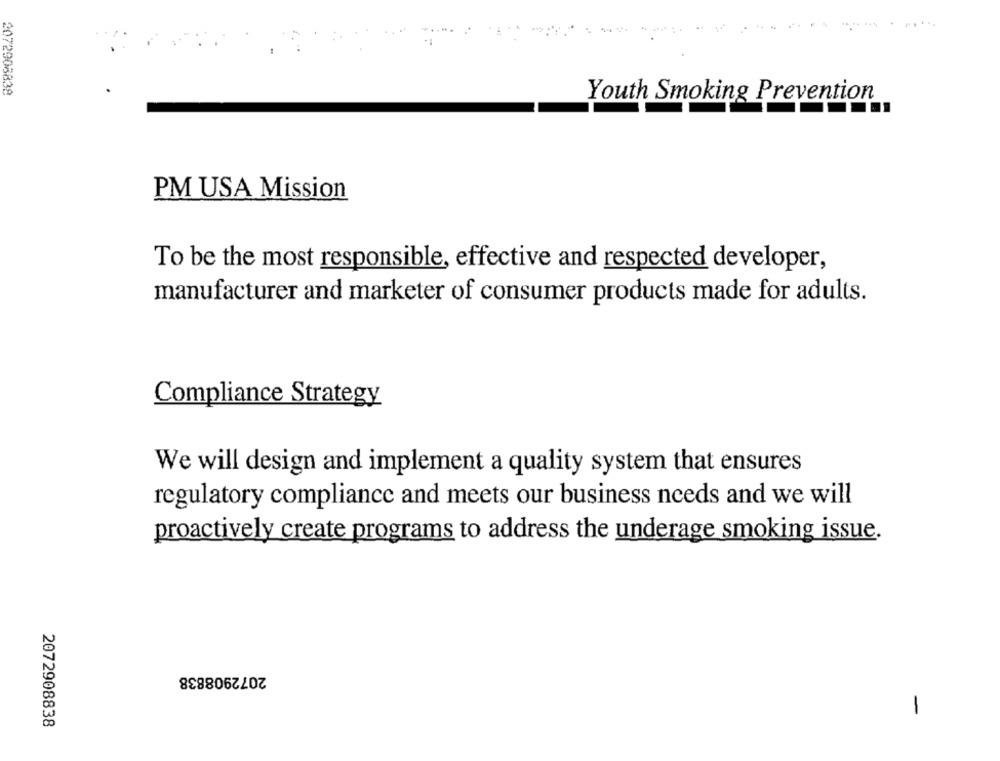
2072908838
Youth Smoking Prevention
PM USA Mission
To be the most responsible, effective and respected developer,
manufacturer and marketer of consumer products made for adults.
Compliance Strategy
We will design and implement a quality system that ensures
regulatory compliance and meets our business needs and we will
proactively create programs to address the underage smoking issue.
2072908838
-
2072908838